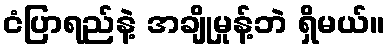
ငံပြာရည်နဲ့ အချိုမှုန့်ဘဲ ရှိမယ်။